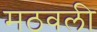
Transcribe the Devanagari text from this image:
मठवली